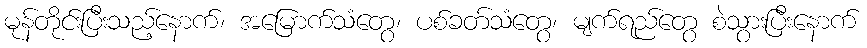
မုန်တိုင်းပြီးသည့်နောက်၊ အမြောက်သံတွေ၊ ပစ်ခတ်သံတွေ၊ မျက်ရည်တွေ စဲသွားပြီးနောက်